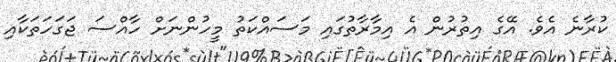
ކުރާނެ އެވެ. އޭގެ އިތުރުން އެ އިމާރާތުގައި މަސައްކަތު މީހުންނަށް ހާއްސަ ޖަގަހަތަކާއި